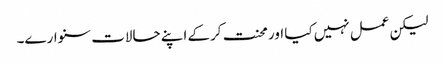
لیکن عمل نہیں کیا اور محنت کرکے اپنے حالات سنوارے۔